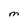
Character: M